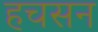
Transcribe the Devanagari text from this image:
हचसन